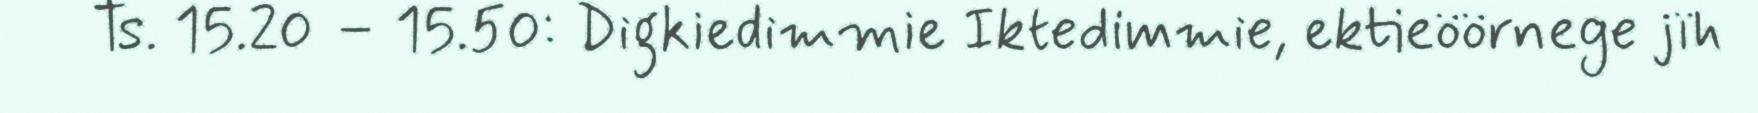
Ts. 15.20 – 15.50: Digkiedimmie Iktedimmie, ektieöörnege jïh